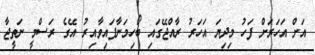
އަށް އަހަރަށް ފަހު މިދިޔަ އަހަރު ރާއްޖޭގައި ބޯހިމަނާފައިވާއިރު އޭގެ ރަސްމީ ނަތީޖާ